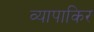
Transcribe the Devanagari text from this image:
व्यापाकिर